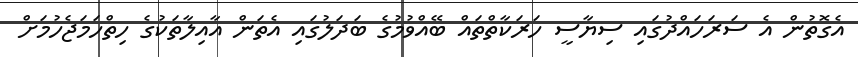
އެގޮތުން އެ ސަރަހައްދުގައި ސިޔާސީ ހަރަކާތްތައް ބޭއްވުމުގެ ބަދަލުގައި އެތަން އާއިލާތަކުގެ ހިތްހަމަޖެހުމަށް